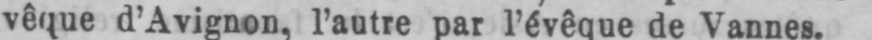
vêque d’Avignon, l’autre par l’évêque de Vannes.